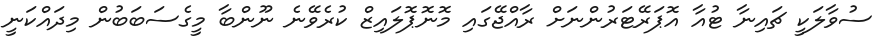
ސުވާލަކީ ޗައިނާ ޓުއާ އޮޕަރޭޓަރުންނަށް ރާއްޖޭގައި މޮނޮޕޮލައިޒް ކުރެވޭނެ ނޫންބާ މީގެސަބަބުން މިދައްކަނީ